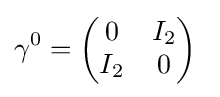
\gamma ^{0}={\begin{pmatrix}0&I_{2}\\I_{2}&0\end{pmatrix}}~